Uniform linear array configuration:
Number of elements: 16
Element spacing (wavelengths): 1
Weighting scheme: cosine
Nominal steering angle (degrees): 30
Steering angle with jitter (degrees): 28.312
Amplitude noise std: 0.05
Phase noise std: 0.05

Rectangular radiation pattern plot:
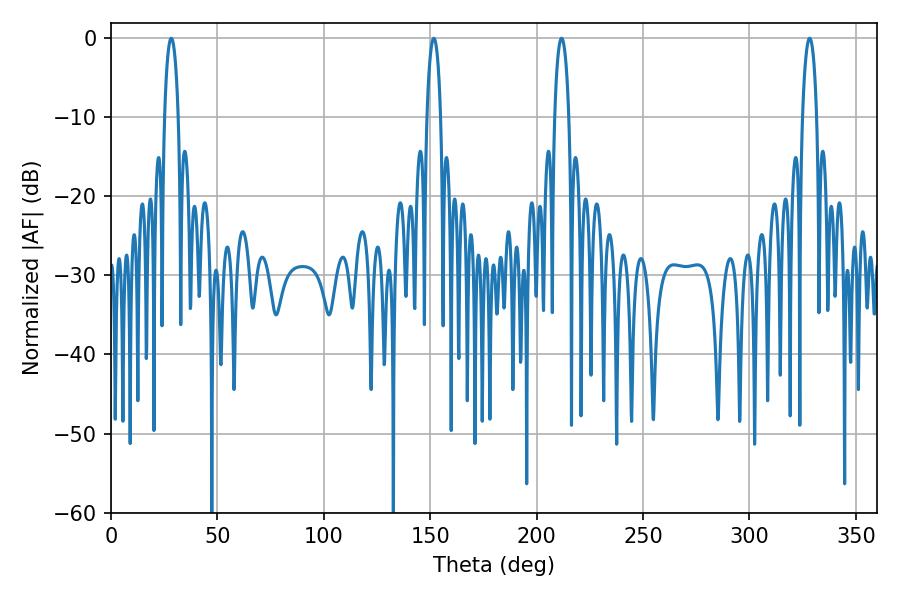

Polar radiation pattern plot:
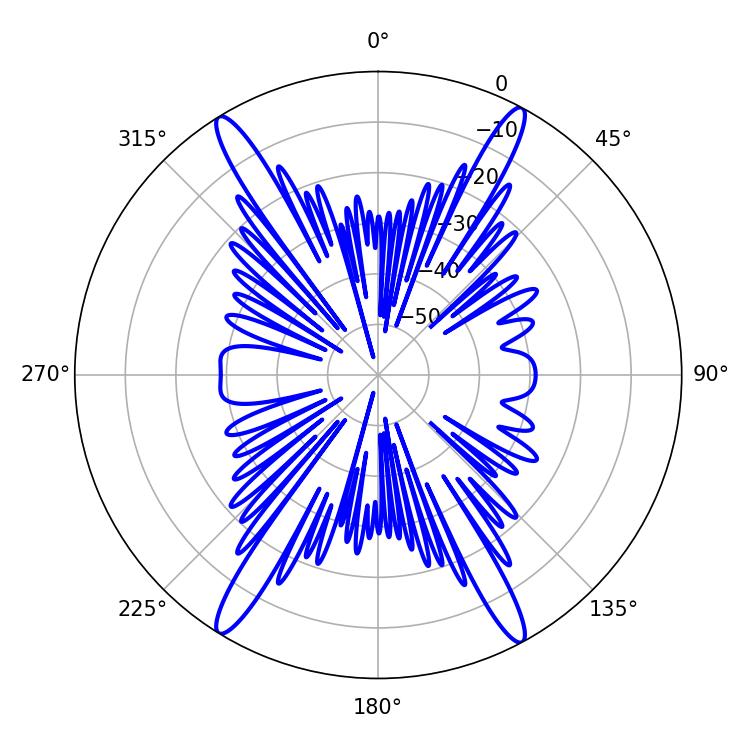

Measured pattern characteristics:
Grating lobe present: TRUE
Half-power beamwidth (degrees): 3.78
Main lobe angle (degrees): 211.68